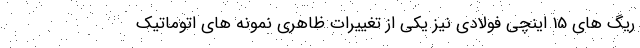
ریگ های 15 اینچی فولادی نیز یکی از تغییرات ظاهری نمونه های اتوماتیک